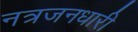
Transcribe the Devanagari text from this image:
नत्रजनधारी